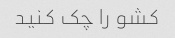
کشو را چک کنید